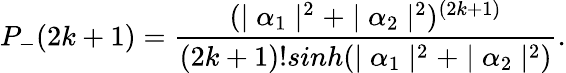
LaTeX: P_{-}(2k+1)=\frac{(\mid\alpha_{1}\mid^{2}+\mid\alpha_{2}\mid^{2})^{(2k+1)}}{(2k+1)!sinh(\mid\alpha_{1}\mid^{2}+\mid\alpha_{2}\mid^{2})}.